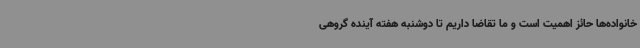
خانواده‌ها حائز اهمیت است و ما تقاضا داریم تا دوشنبه هفته آینده گروهی